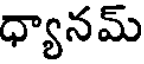
ధ్యానమ్